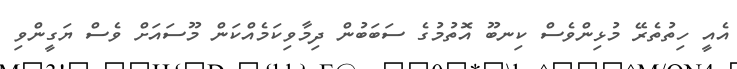
އެއީ ހިތުތެރޭ މުޅިންވެސް ކިނބޫ އޮތުމުގެ ސަބަބުން ދިމާވިކަމެއްކަން މޫސައަށް ވެސް ޔަގީންވި